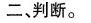
二、判断。